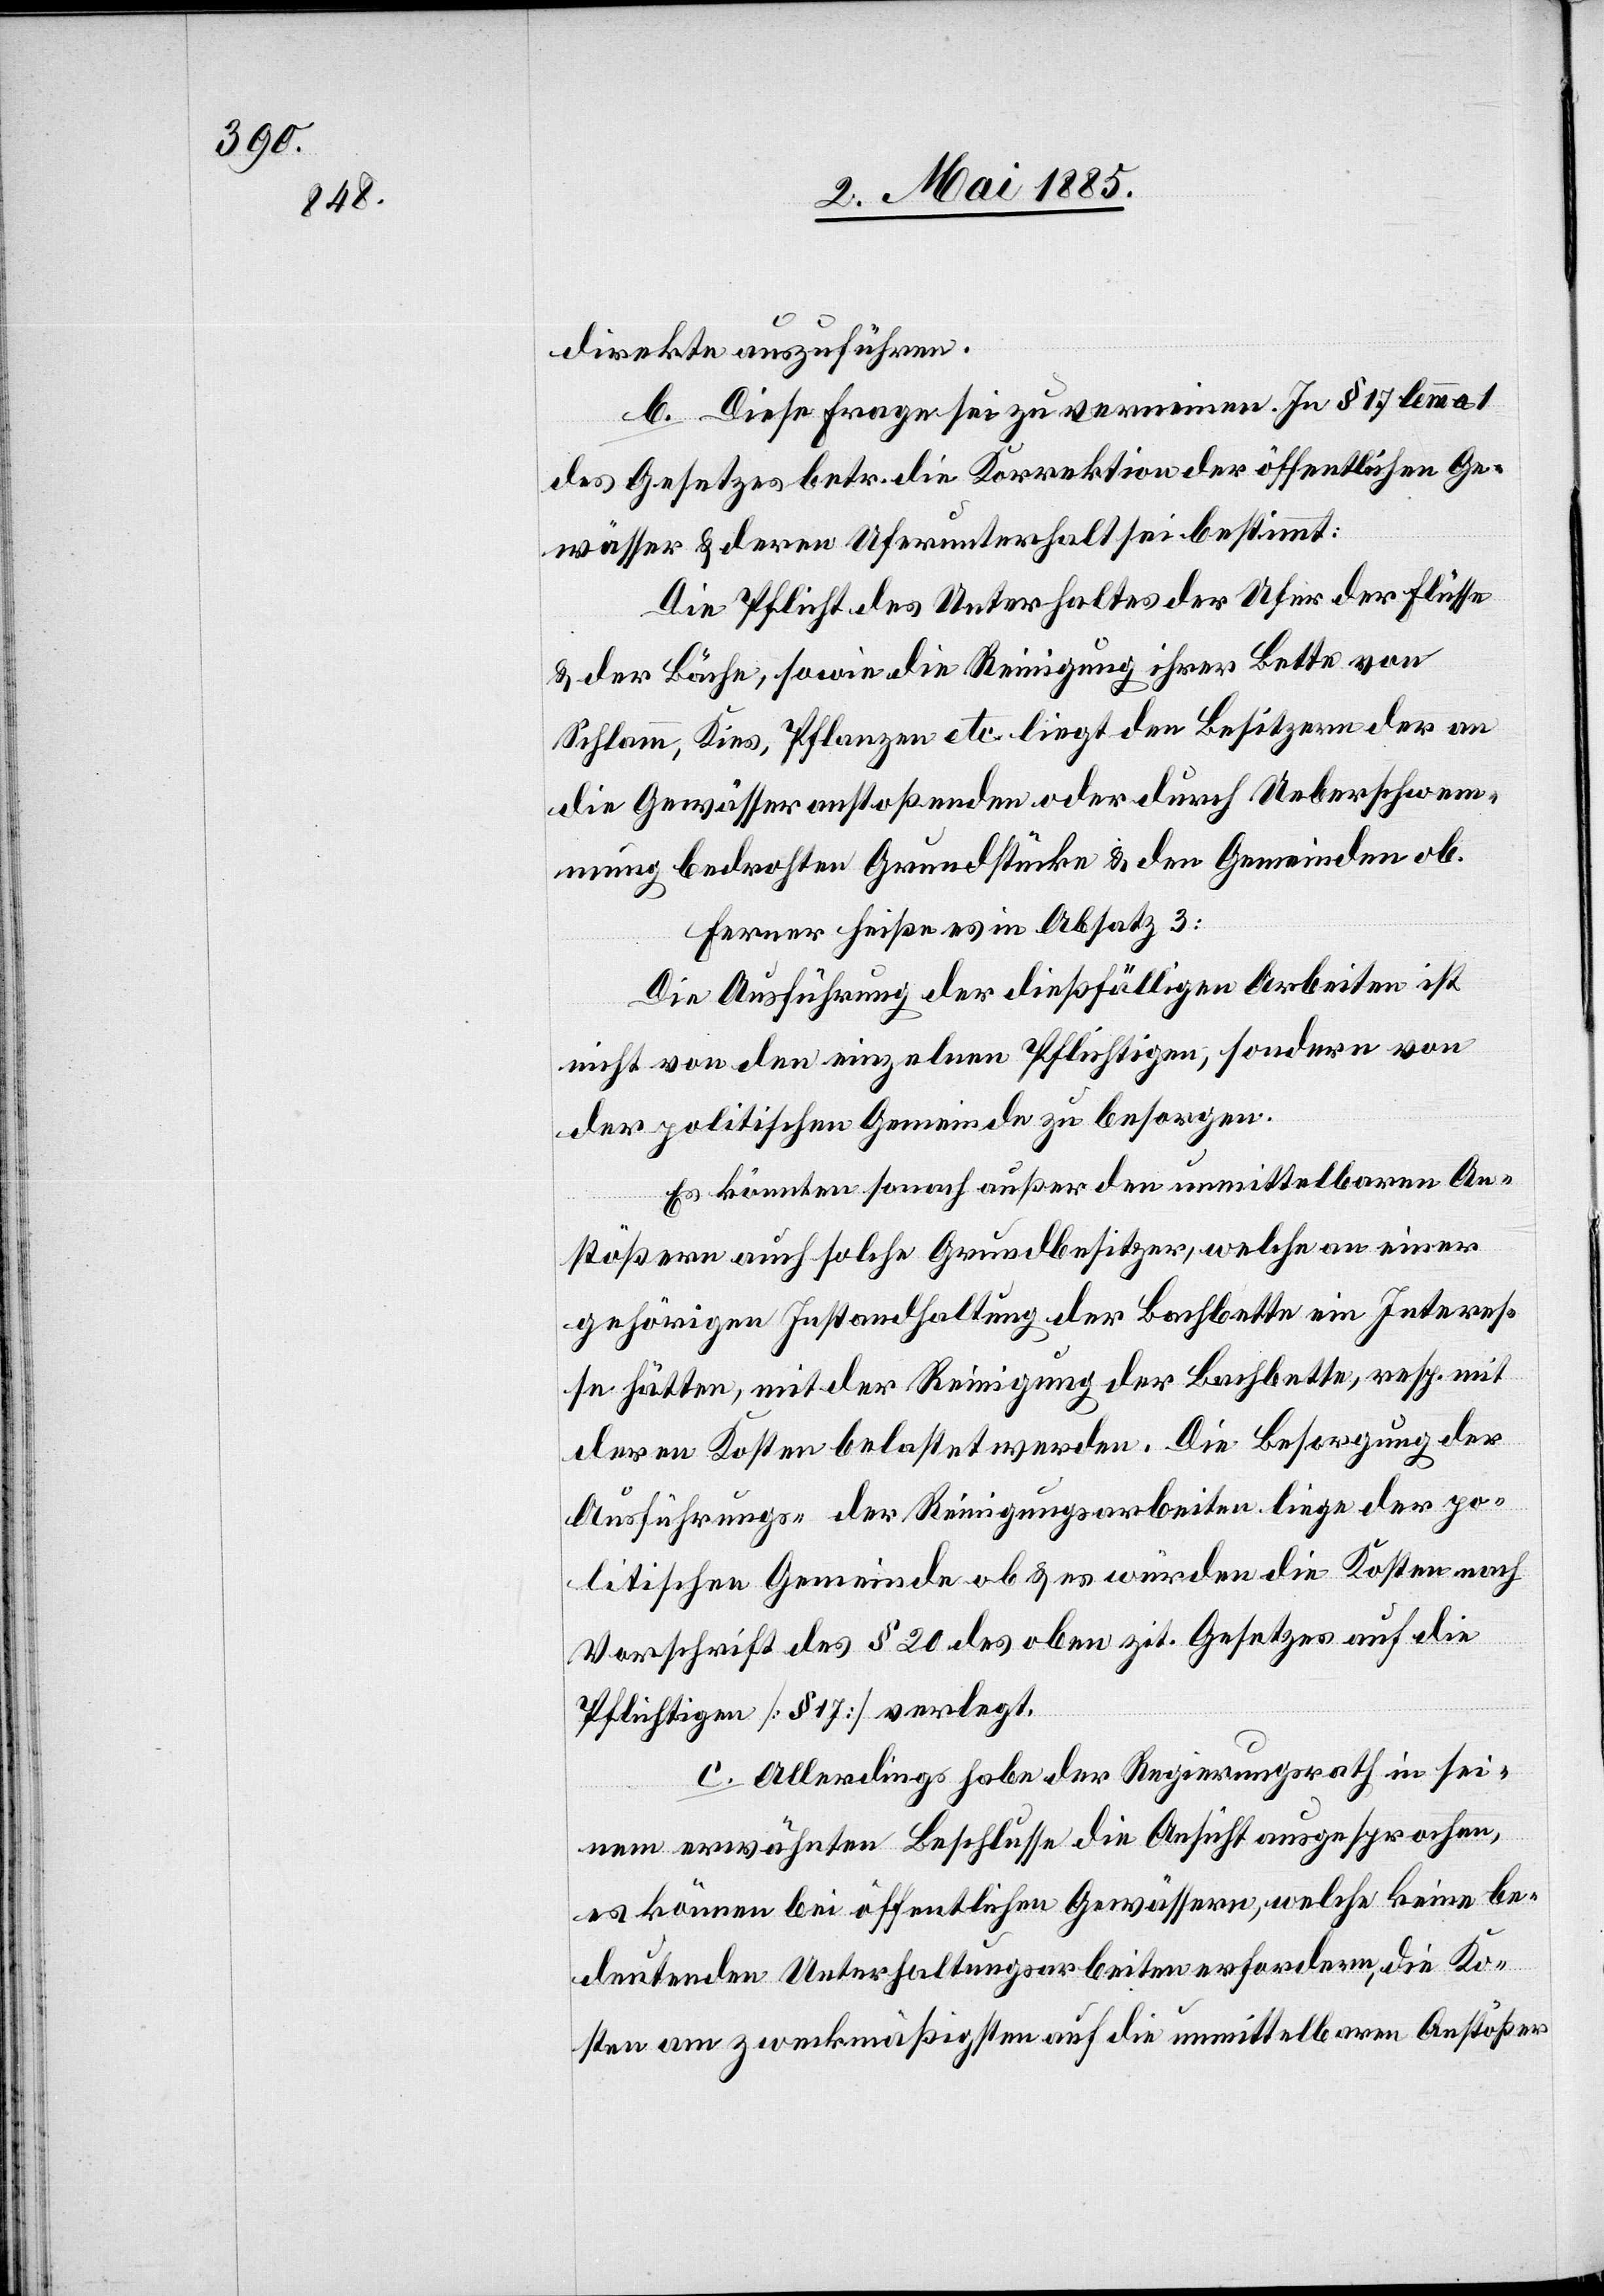
direkte auszuführen.
b. Diese Frage sei zu verneinen. In § 17 lemma 1
des Gesetzes betr. die Korrektion der öffentlichen Ge¬
wässer & deren Uferunterhalt sei bestimmt:
Die Pflicht des Unterhaltes der Ufer der Flüsse
& der Bäche, sowie die Reinigung ihrer Bette von
Schlamm, Kies, Pflanzen etc. liegt den Besitzern der an
die Gewässer anstoßenden oder durch Ueberschwe¬
mmung bedrohten Grundstücke & den Gemeinden ob.
Ferner heiße es in Absatz 3:
Die Ausführung der dießfälligen Arbeiten ist
nicht von den einzelnen Pflichtigen, sondern von
der politischen Gemeinde zu besorgen.
Es könnten sonach außer den unmittelbaren An¬
stößern auch solche Grundbesitzer, welche an einer
gehörigen Instandhaltung der Bachbette ein Interes¬
se hätten, mit der Reinigung der Bachbette, resp. mit
deren Kosten belastet werden. Die Besorgung der
Ausführung] der Reinigungsarbeiten liege der po¬
litischen Gemeinde ob & es würden die Kosten nach
Vorschrift des § 20 des oben zit. Gesetzes auf die
Pflichtigen [§ 17] verlegt.
c. Allerdings habe der Regierungsrath in sei¬
nem erwähnten Beschlusse die Ansicht ausgesprochen,
es können bei öffentlichen Gewässern, welche keine be¬
deutenden Unterhaltungsarbeiten erfordern, die Ko¬
sten am zweckmäßigsten auf die unmittelbaren Anstößer